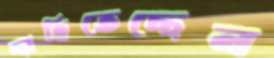
ছাহিতেছেন